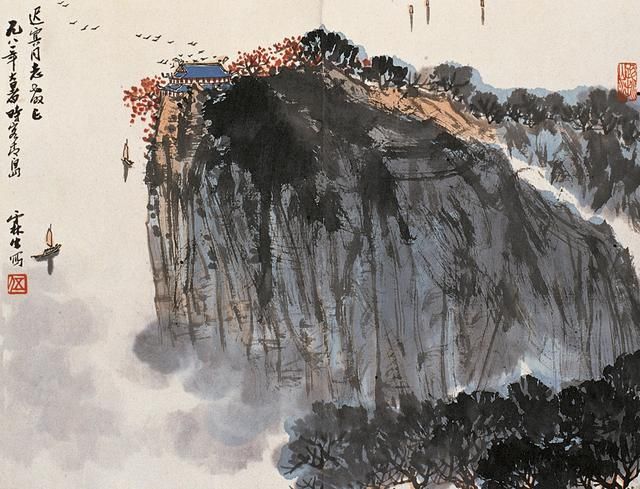
故兵闻拙速，未睹巧之久也。